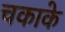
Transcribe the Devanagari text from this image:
चकाके